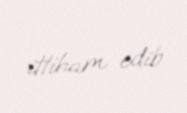
ittiham edib.